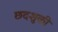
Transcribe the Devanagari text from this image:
छदशुकी